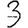
Digit: 3